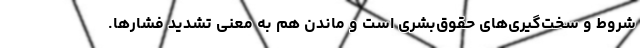
شروط و سخت‌گیری‌های حقوق‌بشری است و ماندن هم به معنی تشدید فشارها.